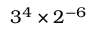
3 ^ { 4 } \times 2 ^ { - 6 }